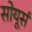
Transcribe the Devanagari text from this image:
सोयूर्स